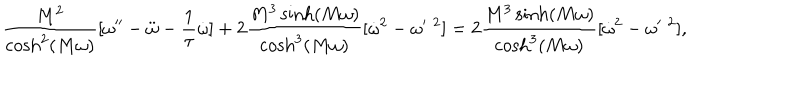
LaTeX: \frac { M ^ { 2 } } { \cosh ^ { 2 } ( M \omega ) } [ \omega ^ { \prime \prime } - \ddot { \omega } - \frac 1 \tau \dot { \omega } ] + 2 \frac { M ^ { 3 } \sinh ( M \omega ) } { \cosh ^ { 3 } ( M \omega ) } [ \dot { \omega } ^ { 2 } - \omega ^ { \prime } { } ^ { \; 2 } ] = 2 \frac { M ^ { 3 } \sinh ( M \omega ) } { \cosh ^ { 3 } ( M \omega ) } [ \dot { \omega } ^ { 2 } - \omega ^ { \prime } { } ^ { \; 2 } ] ,